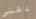
دعنى